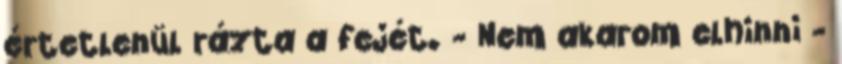
értetlenül rázta a fejét. - Nem akarom elhinni -